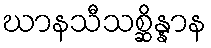
ဃာနသီသစ္ဆိန္နာန